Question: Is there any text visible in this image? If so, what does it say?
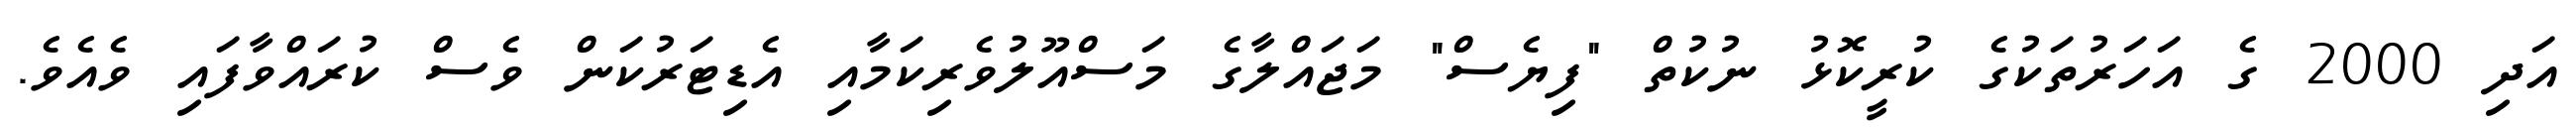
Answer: އަދި 2000 ގެ އަހަރުތަކުގެ ކުރީކޮޅު ނުކުތް "ފިޔެސް" މަޖައްލާގެ މަސްއޫލުވެރިކަމާއި އެޑިޓަރުކަން ވެސް ކުރައްވާފައި ވެއެވެ.